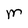
Character: M